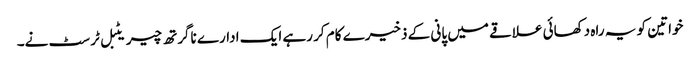
خواتین کو یہ راہ دکھائی علاقے میں پانی کے ذخیرے کام کر رہے ایک ادارے ناگرتھ چیریٹبل ٹرسٹ نے۔